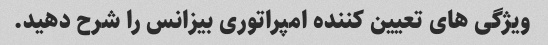
ویژگی های تعیین کننده امپراتوری بیزانس را شرح دهید.